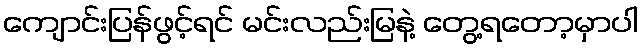
ကျောင်းပြန်ဖွင့်ရင် မင်းလည်းမြနဲ့ တွေ့ရတော့မှာပါ